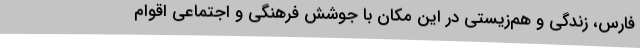
فارس، زندگی و هم‌زيستی در اين مكان با ‌جوشش فرهنگی و اجتماعی اقوام